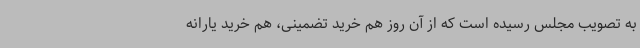
به تصویب مجلس رسیده است که از آن روز هم خرید تضمینی، هم خرید یارانه